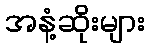
အနံ့ဆိုးများ